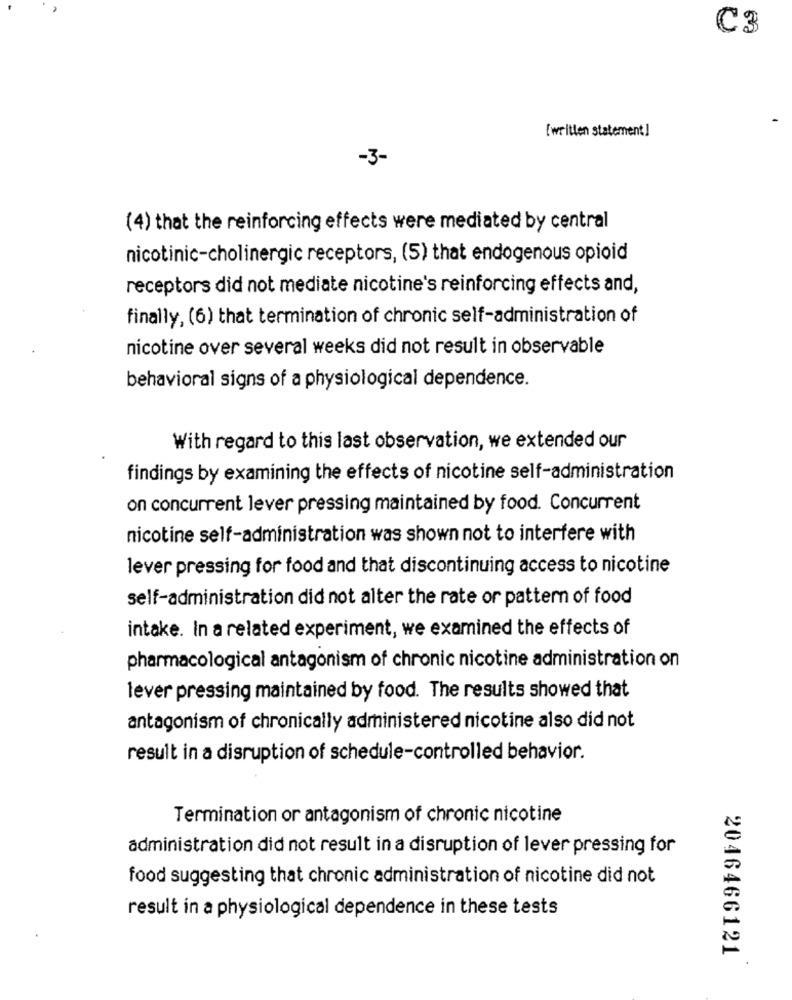
C3
[written statement ]
-3-
(4) that the reinforcing effects were mediated by central
nicotinic-cholinergic receptors, (5) that endogenous opioid
receptors did not mediate nicotine's reinforcing effects and,
finally, (6) that termination of chronic self-administration of
nicotine over several weeks did not result in observable
behavioral signs of a physiological dependence.
With regard to this last observation, we extended our
findings by examining the effects of nicotine self-administration
on concurrent lever pressing maintained by food. Concurrent
nicotine self-administration was shown not to interfere with
lever pressing for food and that discontinuing access to nicotine
self-administration did not alter the rate or pattern of food
intake. In a related experiment, we examined the effects of
pharmacological antagonism of chronic nicotine administration on
lever pressing maintained by food. The results showed that
antagonism of chronically administered nicotine also did not
result in a disruption of schedule-controlled behavior.
Termination or antagonism of chronic nicotine
administration did not result in a disruption of lever pressing for
food suggesting that chronic administration of nicotine did not
result in a physiological dependence in these tests
2046466121